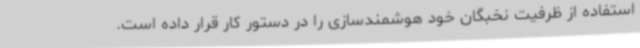
استفاده از ظرفیت نخبگان خود هوشمندسازی را در دستور کار قرار داده است.